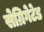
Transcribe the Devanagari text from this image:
सेग्रिगेटेड